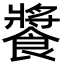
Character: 𩝫